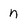
Character: n